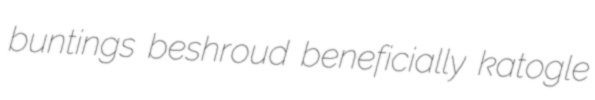
buntings beshroud beneficially katogle